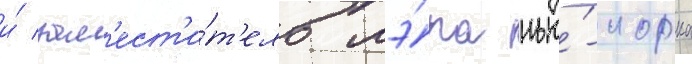
и́ зам'ест'и́т'ель мэ́ра нью́-иорка